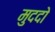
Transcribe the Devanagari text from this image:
मुददो